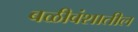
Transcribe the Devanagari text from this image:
बळीवंशातील